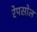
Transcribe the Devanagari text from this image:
रेपसोल